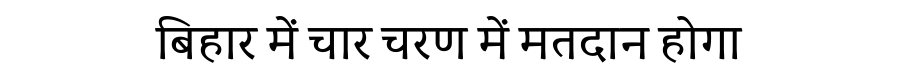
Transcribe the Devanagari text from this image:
बिहार में चार चरण में मतदान होगा